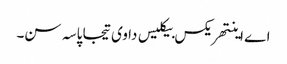
اے اینتھریکس بیکلیس دا وی تیجا پاسہ سن۔